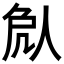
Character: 𠈽